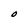
Character: O